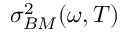
\sigma _ { B M } ^ { 2 } ( \omega , T )